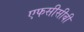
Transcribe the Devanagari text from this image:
एफसीसीबी